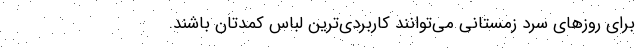
برای روزهای سرد زمستانی می‌توانند کاربردی‌ترین لباس کمدتان باشند.